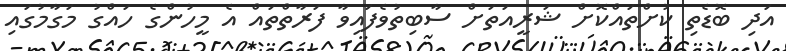
އަދި ބޮޑެތި ކުށްތައްކޮށް ޝަރީއަތަށް ސާބިތުވެފައިވާ ފަރާތްތައް އެ މީހުންގެ ހައްގު މަގާމުގައި